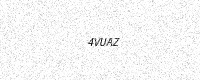
Text: 4VUAZ